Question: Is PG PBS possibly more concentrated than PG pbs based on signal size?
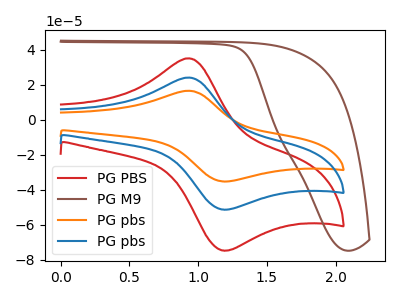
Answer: <think>The red curve "PG PBS" has an anodic peak at (0.95V, 35.15uA) and a cathodic peak at (1.15V, -74.70uA). The brown curve "PG M9" has no peaks. The orange curve "PG pbs" has an anodic peak at (0.95V, 48.30uA) and a cathodic peak at (1.15V, -102.65uA). The blue curve "PG pbs" has an anodic peak at (0.95V, 24.15uA) and a cathodic peak at (1.15V, -51.30uA).
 All the peaks in "PG PBS" have a peak in "PG pbs" at the same potential. Every peak in "PG PBS" is higher than every peak in "PG pbs".</think>
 <answer>"PG PBS" has more signal than "PG pbs".</answer>
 <eval>more_signal</eval>